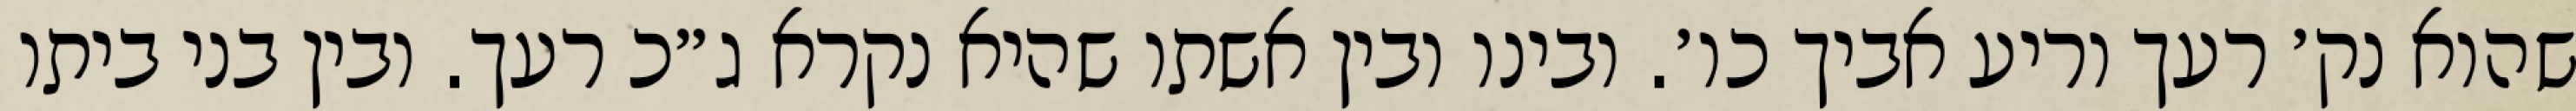
שהוא נק׳ רעך וריע אביך כו׳. ובינו ובין אשתו שהיא נקרא ג״כ רעך. ובין בני ביתו